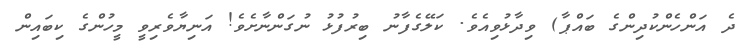
ދެ އަންހެންކުދިންގެ ބައްޕާ) ވިދާޅުވިއެވެ. ކަލޭގެފާނު ބިރުފުޅު ނުގަންނާށެވެ! އަނިޔާވެރިވީ މީހުންގެ ކިބައިން